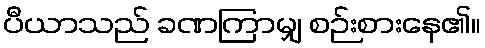
ပီယာသည် ခဏကြာမျှ စဉ်းစားနေ၏။